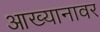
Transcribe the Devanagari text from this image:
आख्यानावर